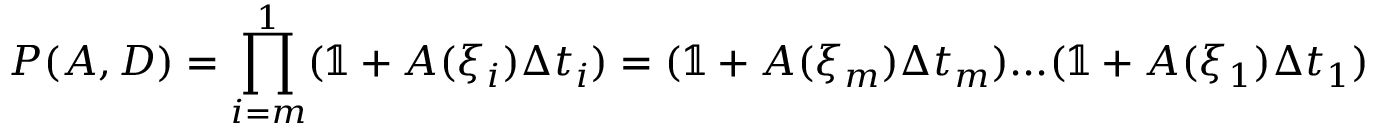
P ( A , D ) = \prod _ { i = m } ^ { 1 } ( \mathbb { 1 } + A ( \xi _ { i } ) \Delta t _ { i } ) = ( \mathbb { 1 } + A ( \xi _ { m } ) \Delta t _ { m } ) . . . ( \mathbb { 1 } + A ( \xi _ { 1 } ) \Delta t _ { 1 } )